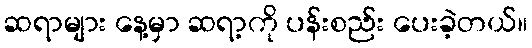
ဆရာများ နေ့မှာ ဆရာ့ကို ပန်းစည်း ပေးခဲ့တယ်။